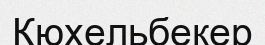
Кюхельбекер